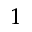
^ 1